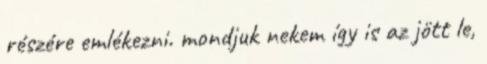
részére emlékezni. mondjuk nekem így is az jött le,